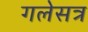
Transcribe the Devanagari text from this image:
गलेसत्र